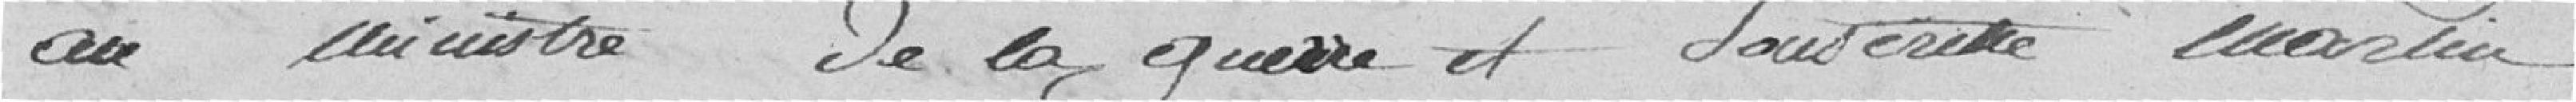
au ministre de la guerre et souscrite